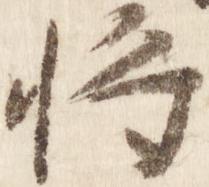
将